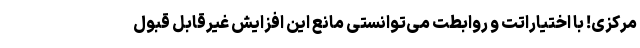
مرکزی! با اختیاراتت و روابطت می‌توانستی مانع این افزایش غیرقابل قبول